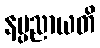
နပ္ပညာယတိ